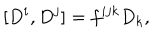
[ D ^ { i } , D ^ { j } ] = f ^ { i j k } D _ { k } ,